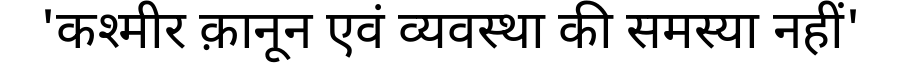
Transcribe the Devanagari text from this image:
'कश्मीर क़ानून एवं व्यवस्था की समस्या नहीं'